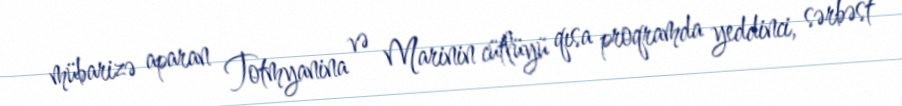
mübarizə aparan Totmyanina və Marinin cütlüyü qısa proqramda yeddinci, sərbəst